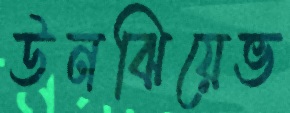
উনঝিয়েভ